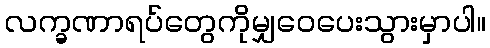
လက္ခဏာရပ်တွေကိုမျှဝေပေးသွားမှာပါ။